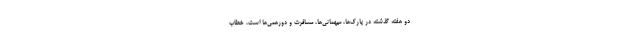
دو هفته گذشته در پارک‌ها، میهمانی‌ها، مسافرت و دورهمی‌ها است، خطاب